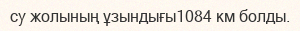
су жолының ұзындығы1084 км болды.